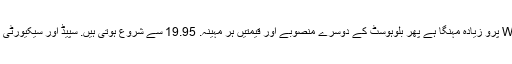
WordPress پرو زیادہ مہنگا ہے پھر بلوہوسٹ کے دوسرے منصوبے اور قیمتیں ہر مہینہ. 19.95 سے شروع ہوتی ہیں. سپیڈ اور سیکیورٹی بنیادی خصوصیات ہیں لیکن یہ خود بخود جیسی خصوصیات کے ساتھ بھی آتی ہے WordPress بنیادی اور پلگ ان کی تازہ ترین معلومات ، اور باقاعدہ بیک اپ اور اسٹیجنگ ماحول۔